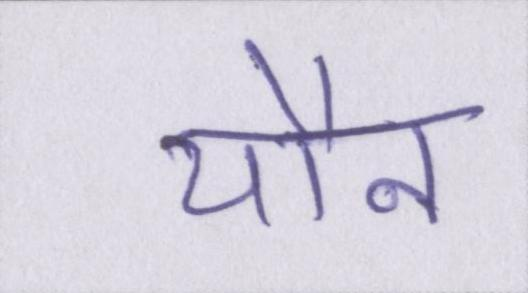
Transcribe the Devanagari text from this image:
यौन